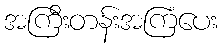
အကြီးတန်းအကြံပေး